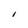
Character: I